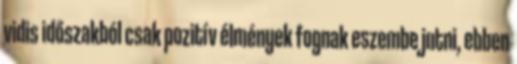
vidis időszakból csak pozitív élmények fognak eszembe jutni, ebben